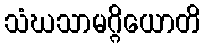
သံဃသာမဂ္ဂိယောတိ